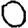
Digit: 0